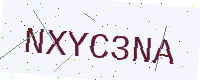
Text: NXYC3NA